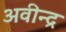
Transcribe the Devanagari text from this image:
अवीन्द्र